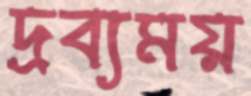
দ্রব্যময়